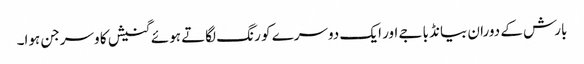
بارش کے دوران بیانڈ باجے اور ایک دوسرے کو رنگ لگاتے ہوئے گنیش کا وسرجن ہوا۔